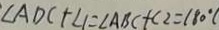
\angle A D C + \angle 1 = \angle A B C + \angle 2 = 1 8 0 ^ { \circ } (